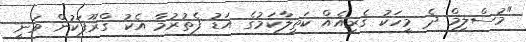
"މުސްލިމް ދެ މީހަކު ގެރިއެއް ކަތިލާކަމުގެ އަޑު ފެތުރުމާ އެކު ގްރޫޕަކުން ވަނީ